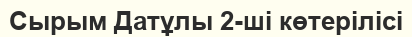
Сырым Датұлы 2-ші көтерілісі